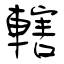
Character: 轄